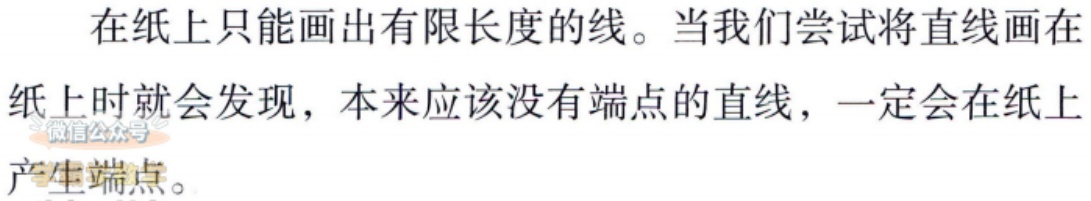
在纸上只能画出有限长度的线。当我们尝试将直线画在纸上时就会发现，本来应该没有端点的直线，一定会在纸上产生端点。